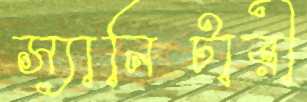
স্যানিটারী